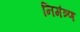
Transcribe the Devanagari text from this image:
निमंत्र्ण